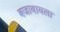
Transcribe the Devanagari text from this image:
बजावायला